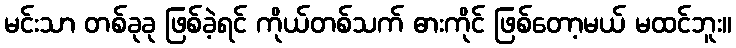
မင်းသာ တစ်ခုခု ဖြစ်ခဲ့ရင် ကိုယ်တစ်သက် ဓားကိုင် ဖြစ်တော့မယ် မထင်ဘူး။